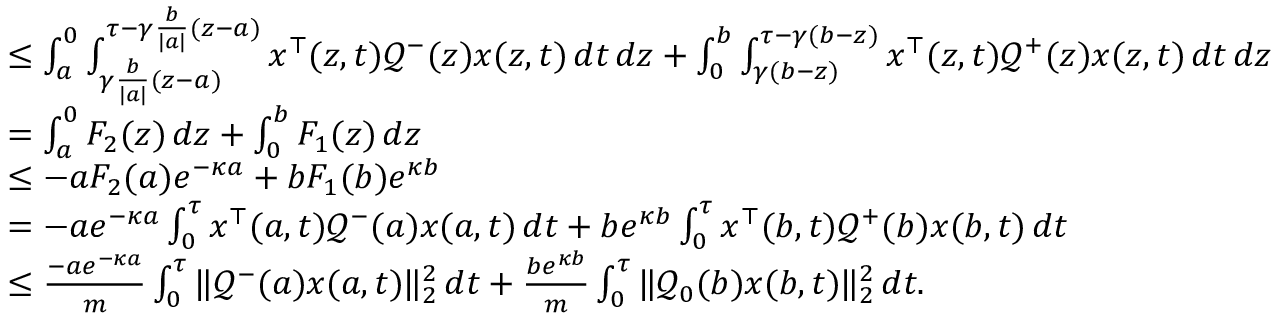
\begin{array} { r l } & { \leq \int _ { a } ^ { 0 } \int _ { \gamma \frac { b } { \vert a \vert } ( z - a ) } ^ { \tau - \gamma \frac { b } { \vert a \vert } ( z - a ) } x ^ { \top } ( z , t ) \mathcal { Q } ^ { - } ( z ) x ( z , t ) \, d t \, d z + \int _ { 0 } ^ { b } \int _ { \gamma ( b - z ) } ^ { \tau - \gamma ( b - z ) } x ^ { \top } ( z , t ) \mathcal { Q } ^ { + } ( z ) x ( z , t ) \, d t \, d z } \\ & { = \int _ { a } ^ { 0 } F _ { 2 } ( z ) \, d z + \int _ { 0 } ^ { b } F _ { 1 } ( z ) \, d z } \\ & { \leq - a F _ { 2 } ( a ) e ^ { - \kappa a } + b F _ { 1 } ( b ) e ^ { \kappa b } } \\ & { = - a e ^ { - \kappa a } \int _ { 0 } ^ { \tau } x ^ { \top } ( a , t ) \mathcal { Q } ^ { - } ( a ) x ( a , t ) \, d t + b e ^ { \kappa b } \int _ { 0 } ^ { \tau } x ^ { \top } ( b , t ) \mathcal { Q } ^ { + } ( b ) x ( b , t ) \, d t } \\ & { \leq \frac { - a e ^ { - \kappa a } } { m } \int _ { 0 } ^ { \tau } \| \mathcal { Q } ^ { - } ( a ) x ( a , t ) \| _ { 2 } ^ { 2 } \, d t + \frac { b e ^ { \kappa b } } { m } \int _ { 0 } ^ { \tau } \| \mathcal { Q } _ { 0 } ( b ) x ( b , t ) \| _ { 2 } ^ { 2 } \, d t . } \end{array}